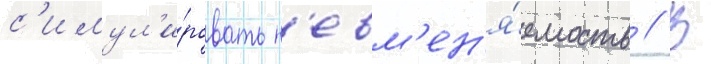
с'имул'и́ровать н'евм'ен'я́емость // В